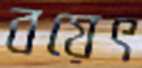
বয়েৎ